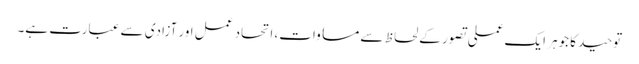
توحید کا جوہر ایک عملی تصور کے لحاظ سے مساوات، اتحاد عمل اور آزادی سے عبارت ہے۔